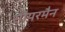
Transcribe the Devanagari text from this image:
सीयरमैन